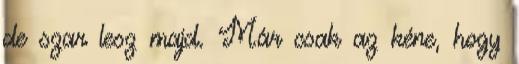
de szar lesz majd. Már csak az kéne, hogy